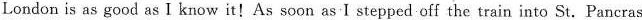
London is as good as I know it!As soon as-I stepped off the train into St.Pancras